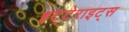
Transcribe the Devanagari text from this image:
हट्टेराइट्स